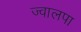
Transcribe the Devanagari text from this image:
ज्वालपा